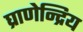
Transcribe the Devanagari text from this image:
घ्राणेन्द्रिय